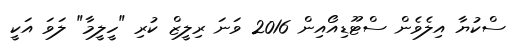
ސްކުޔާ އިލެވެން ސްޓޫޑިއޯއިން 2016 ވަނަ ރިލީޒް ކުރި "ހީލީމާ" ލަވަ އަކީ